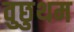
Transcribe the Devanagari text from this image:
वुछुथम